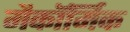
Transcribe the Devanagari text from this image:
मैकॉर्मिक